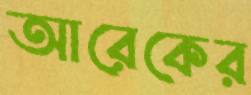
আরেকের